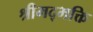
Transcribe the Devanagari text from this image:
श्रीमद्भक्ति